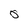
Character: 0